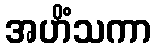
အဟိံသကာ